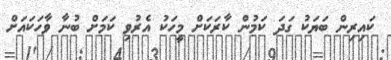
ކައިރިން ބަޔަކު ގަދަ ކަމުން ކާރަކަށް މީހަކު އެރުވި ކަމަށް ބުނާ ވާހަކައަށް